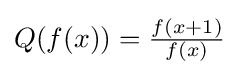
{\textstyle Q(f(x))={\frac {f(x+1)}{f(x)}}}